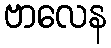
ဗာလေန